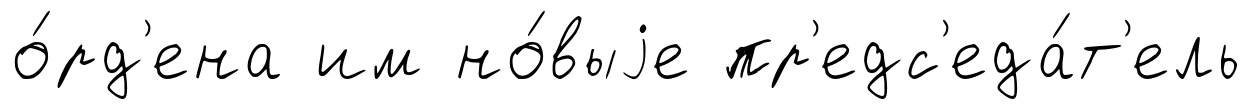
о́рд'ена им но́выjе пр'едс'еда́т'ель